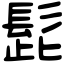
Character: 髭